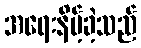
အရေးနိမ့်ခဲ့သည်